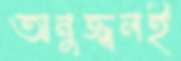
অনুজ্জ্বলই